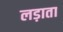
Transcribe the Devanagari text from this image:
लड़ाता